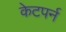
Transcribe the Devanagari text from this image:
केटपर्न